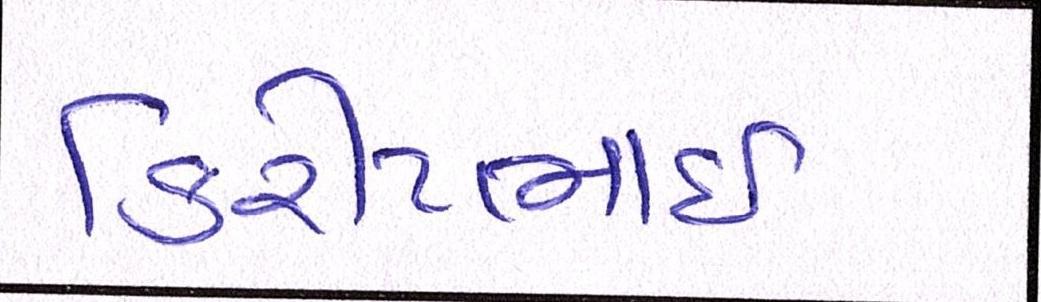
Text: કિરીટભાઈ